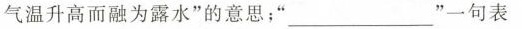
气温升高而融为露水”的意思；”____”一句表